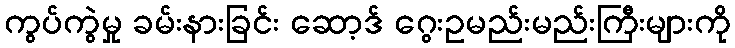
ကွပ်ကွဲမှု ခမ်းနားခြင်း ဆော့ဒ် ဂွေးဥမည်းမည်းကြီးများကို